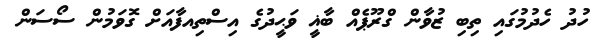
ހުދު ހެދުމުގައި ތިބި ޒުވާން ގްރޫޕެއް ބާޣީ ވަޙީދުގެ އިސްތިއފާއަށް ގޮވަމުން ސޯސަން